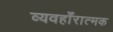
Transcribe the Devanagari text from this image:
व्यवहाँरात्मक